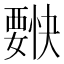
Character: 𰴌